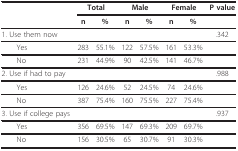
|  | <COLSPAN=2> Total | <COLSPAN=2> Male | <COLSPAN=2> Female | P value |
 |  | n | % | n | % | n | % |  |
 | --- | --- | --- | --- | --- | --- | --- | --- |
 | 1. Use them now |  |  |  |  |  |  | .342 |
 | Yes | 283 | 55.1% | 122 | 57.5% | 161 | 53.3% |  |
 | No | 231 | 44.9% | 90 | 42.5% | 141 | 46.7% |  |
 | 2. Use if had to pay |  |  |  |  |  |  | .988 |
 | Yes | 126 | 24.6% | 52 | 24.5% | 74 | 24.6% |  |
 | No | 387 | 75.4% | 160 | 75.5% | 227 | 75.4% |  |
 | 3. Use if college pays |  |  |  |  |  |  | .937 |
 | Yes | 356 | 69.5% | 147 | 69.3% | 209 | 69.7% |  |
 | No | 156 | 30.5% | 65 | 30.7% | 91 | 30.3% |  |